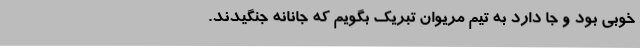
خوبی بود و جا دارد به تیم مریوان تبریک‌ بگویم که جانانه جنگیدند.